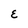
Character: E